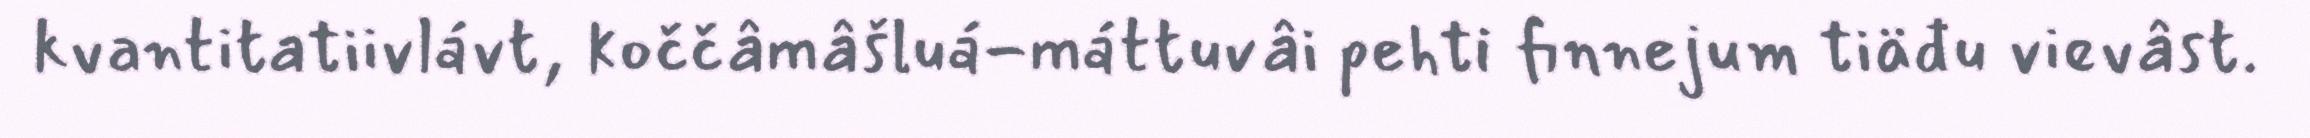
kvantitatiivlávt, koččâmâšluá-máttuvâi pehti finnejum tiäđu vievâst.